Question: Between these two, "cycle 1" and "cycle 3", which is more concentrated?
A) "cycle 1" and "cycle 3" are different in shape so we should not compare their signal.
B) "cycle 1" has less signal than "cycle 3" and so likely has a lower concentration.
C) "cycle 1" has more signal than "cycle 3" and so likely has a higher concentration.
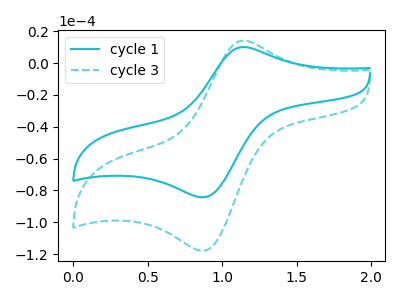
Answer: <think>The cyan curve "cycle 1" has an anodic peak at (1.15V, 10.10uA) and a cathodic peak at (0.90V, -84.25uA). The cyan dashed curve "cycle 3" has an anodic peak at (1.15V, 14.10uA) and a cathodic peak at (0.90V, -117.85uA).
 All the peaks in "cycle 1" have a peak in "cycle 3" at the same potential. Every peak in "cycle 1" is lower than every peak in "cycle 3".</think>
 <answer>B) "cycle 1" has less signal than "cycle 3" and so likely has a lower concentration.</answer>
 <eval>B</eval>